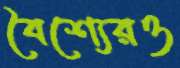
বৈশ্যেরও